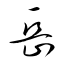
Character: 岳